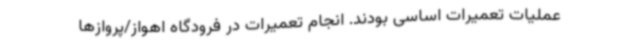
عملیات تعمیرات اساسی بودند. انجام تعمیرات در فرودگاه اهواز/پروازها